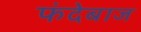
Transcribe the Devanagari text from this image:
फंदेबाज